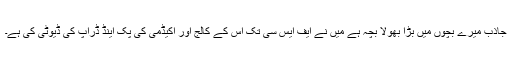
جاذب میرے بچوں میں بڑا بھولا بچہ ہے مَیں نے ایف ایس سی تک اس کے کالج اور اکیڈمی کی پک اینڈ ڈراپ کی ڈیوٹی کی ہے۔